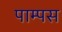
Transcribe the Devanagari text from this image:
पाम्पस